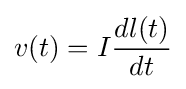
v(t)=I{\frac {dl(t)}{dt}}